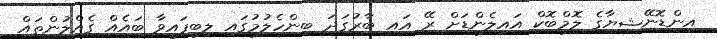
އިންޑޮނޭޝިޔާގެ ލޮމްބޮކް އައިލެންޑަށް ރޭ އައި ބާރުގަދަ ބިންހެލުމުގައި ލިބިފައިވާ ބައެއް ގެއްލުންތައް